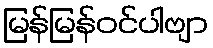
မြန်မြန်ဝင်ပါဗျာ